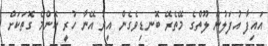
އައިފާ އުފަލުން ލޫތްގެ މޭތެރޭ ބޮނޑިވެގެން އިރު އޭނާ ހުރީ ކޮންމެ ގޮތަކަށް